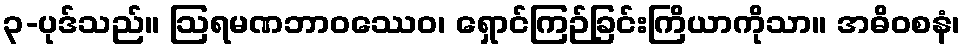
၃-ပုဒ်သည်။ ဩရမဏဘာဝဿေဝ၊ ရှောင်ကြဉ်ခြင်းကြိယာကိုသာ။ အဓိဝစနံ၊